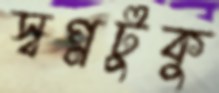
স্বপ্নটুকু